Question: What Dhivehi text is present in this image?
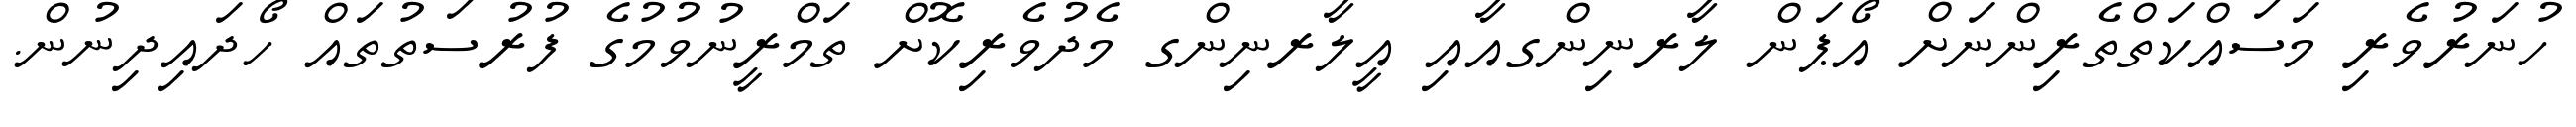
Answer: ހުނަރުވެރި މަސައްކަތްތެރިންނަށް އޯޕަން ލާރނިންގއާއި އީލާރނިންގ މެދުވެރިކޮށް ތަމްރީނުވުމުގެ ފުރުސަތުތައް ހޯދައިދިނުން.